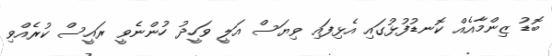
ބޮޑު ޒިންމާއެއް ކޮނޑުފުޅުގައި އެޅިފައި ވިޔަސް އަލީ ވަހީދު ހުންނެވީ ރައީސް ކުރެއްވި